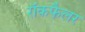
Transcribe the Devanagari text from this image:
रॉकफैलर